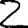
Digit: 2